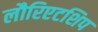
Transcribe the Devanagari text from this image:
लौरिएटशिप